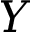
Y